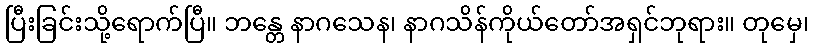
ပြီးခြင်းသို့ရောက်ပြီ။ ဘန္တေ နာဂသေန၊ နာဂသိန်ကိုယ်တော်အရှင်ဘုရား။ တုမှေ၊